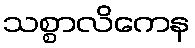
သစ္စာလိကေန